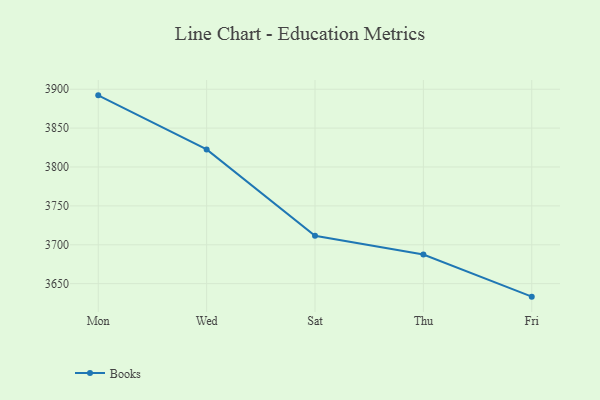
{"axis": {"x": "Day", "y": "Revenue (USD Million)"}, "legend": ["Books"], "data": [{"x": "Mon", "y": 3892.1, "type": "Books"}, {"x": "Wed", "y": 3822.6, "type": "Books"}, {"x": "Sat", "y": 3711.6, "type": "Books"}, {"x": "Thu", "y": 3687.5, "type": "Books"}, {"x": "Fri", "y": 3633.3, "type": "Books"}]}